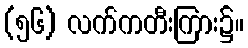
(၅၆) လက်ကတီးကြား၌။